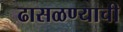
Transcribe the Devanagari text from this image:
ढासळण्याची